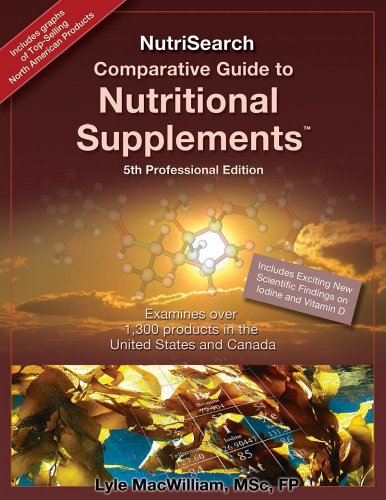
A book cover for NutriSearch Comparative Guide to Nutritional Supplements, 5th Professional edition; Lyle MacWilliam; Health, Fitness & Dieting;